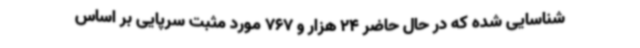
شناسایی شده که در حال حاضر 24 هزار و 767 مورد مثبت سرپایی بر اساس